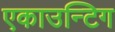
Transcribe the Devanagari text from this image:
एकाउन्टिग